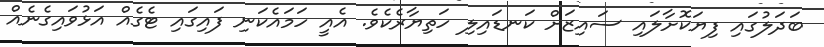
ބަދަލުގައި ފިޔަކޮށާލައި ސައިޒަށް ކަނޑައިލި ހަތިޔާރެކެވެ. އެއީ ހަމައެކަނި ފައިގައި ޓެގެއް އަޅުވައިގެނެއް